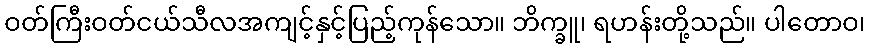
ဝတ်ကြီးဝတ်ငယ်သီလအကျင့်နှင့်ပြည့်ကုန်သော။ ဘိက္ခူ၊ ရဟန်းတို့သည်။ ပါတောဝ၊